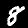
Digit: 8